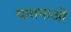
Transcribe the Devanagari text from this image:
यातनाआें